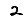
Digit: 2